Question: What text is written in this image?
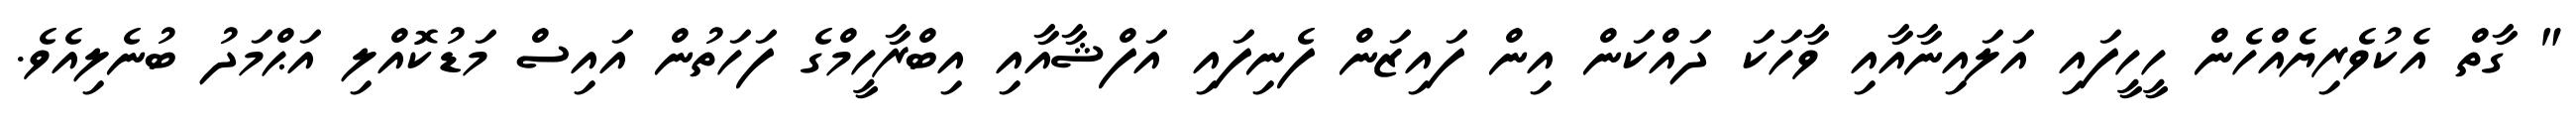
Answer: " ގާތް އެކުވެރިޔެއްހެން ހީހީފައި އަލައިނާއާއި ވާހަކަ ދައްކަން އިން ފައިޒަން ފެނިފައި އަފްޝާއާއި އިބްރާހީމްގެ ފަހަތުން އައިސް މަޑުކޮއްލި އަޙްމަދު ބުނެލިއެވެ.